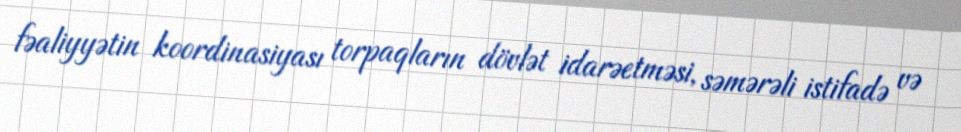
fəaliyyətin koordinasiyası torpaqların dövlət idarəetməsi, səmərəli istifadə və